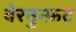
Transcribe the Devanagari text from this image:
वेरनुन्फ़ट